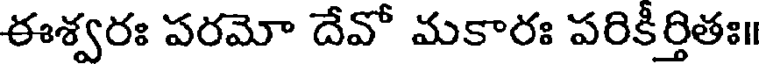
ఈశ్వరః పరమో దేవో మకారః పరికీర్తితః